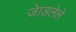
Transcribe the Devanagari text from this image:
जेाडलेले